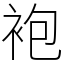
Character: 袍